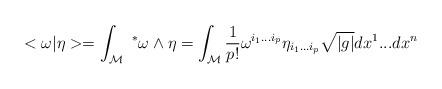
LaTeX: \begin{align*}<\omega |\eta > =\int_{\mathcal{M}} \ ^*\omega \wedge \eta =\int_{\mathcal{M}} \frac{1}{p!}\omega^{i_1...i_p} \eta_{i_1...i_p}\sqrt{|g|} dx^1...dx^n\end{align*}